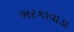
ભરકાવાડા